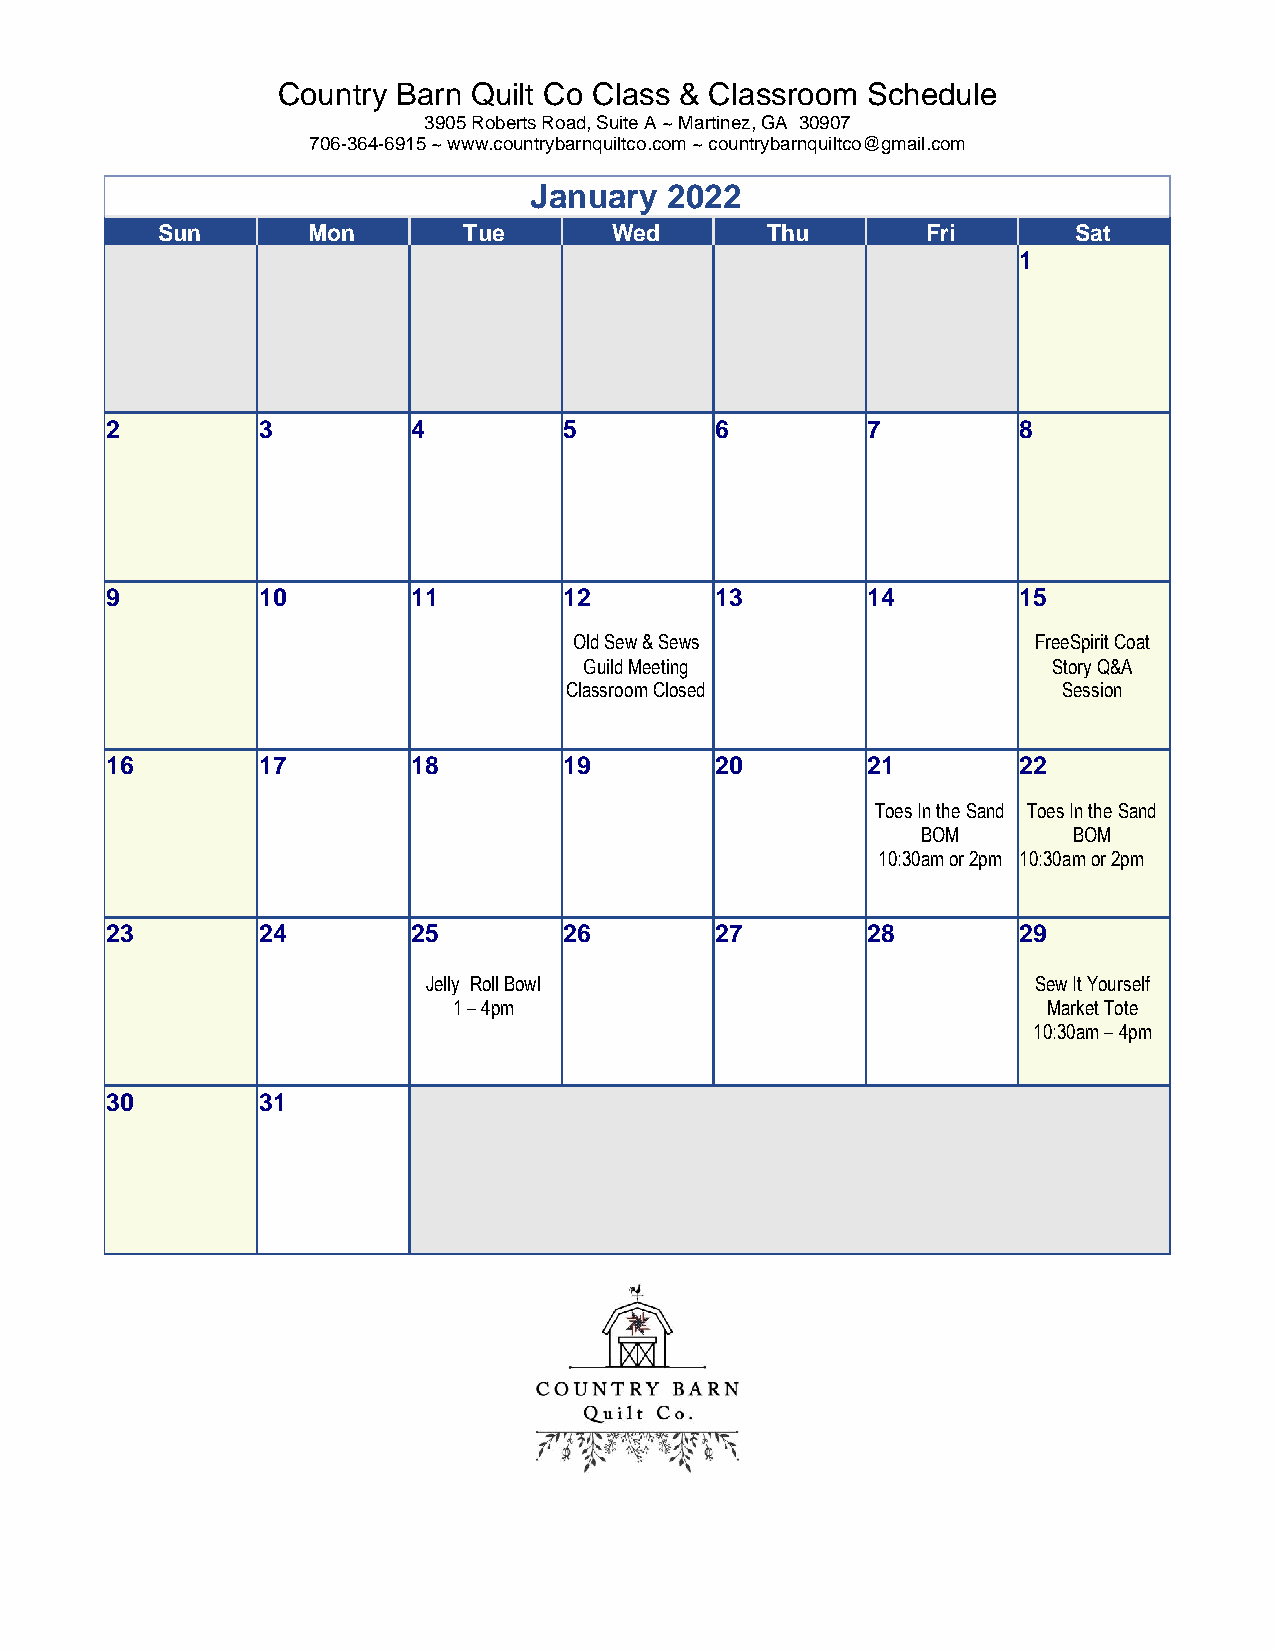
Country Barn Quilt Co Class & Classroom Schedule
 3905 Roberts Road, Suite A ~ Martinez, GA 30907
 706-364-6915 ~ www.countrybarnquiltco.com ~ countrybarnquiltco@gmail.com
 January  2022
 Sun       Mon        Tue       Wed       Thu       Fri       Sat
 1
 2         3         4         5         6         7         8
 9         10        11        12        13        14        15
 Old Sew & Sews                 FreeSpirit Coat
 Guild Meeting                  Story Q&A
 Classroom Closed                 Session
 16        17        18        19        20        21        22
 Toes In the Sand Toes In the Sand
 BOM       BOM
 10:30am or 2pm 10:30am or 2pm
 23        24        25        26        27        28        29
 Jelly Roll Bowl                          Sew It Yourself
 1 – 4pm                                Market Tote
 10:30am – 4pm
 30        31